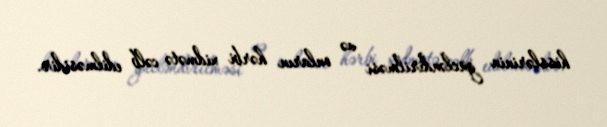
hisslərinin gücləndirilməsi və onların hərbi xidmətə cəlb edilməsidir.